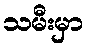
သမီးမှာ